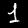
Digit: 1